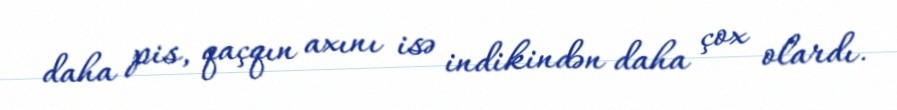
daha pis, qaçqın axını isə indikindən daha çox olardı.